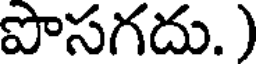
పొసగదు. )